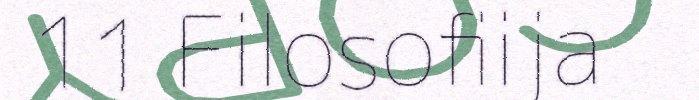
11 Filosofiija